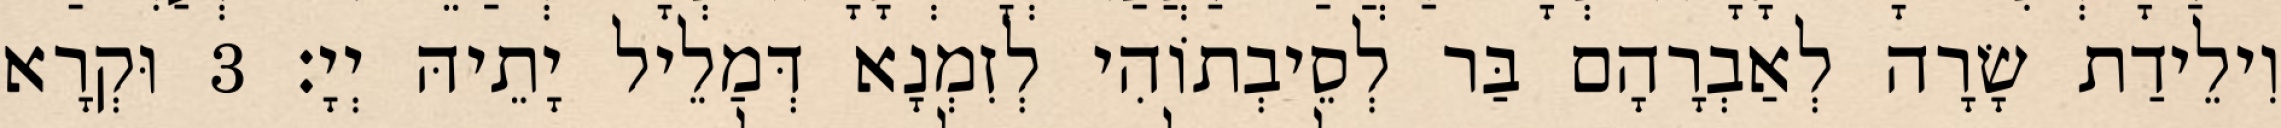
וִילֵידַת שָׂרָה לְאַבְרָהָם בַּר לְסֵיבְתוֹהִי לְזִמְנָא דְּמַלֵיל יָתֵיהּ יְיָ׃ 3 וּקְרָא